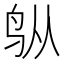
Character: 𬷿